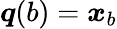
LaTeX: {\boldsymbol{q}}(b)={\boldsymbol{x}}_{b}